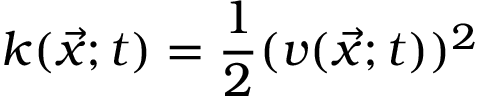
k ( \vec { x } ; t ) = \frac { 1 } { 2 } ( v ( \vec { x } ; t ) ) ^ { 2 }